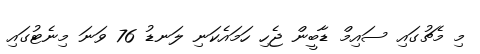
މި މެޗުގައި ސައިމް ޑާބީން ޖެހި ހަމައެކަނި ލަނޑު 76 ވަނަ މިނެޓުގައި